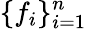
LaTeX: \{ f_{i}\} _{i=1}^{n}